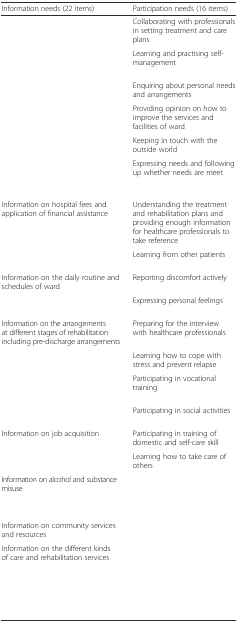
<table><thead><tr><td><b>Information needs (22 items)</b></td><td><b>Participation needs (16 items)</b></td></tr></thead><tbody><tr><td>[EMPTY_CELL]</td><td>Collaborating with professionals in setting treatment and care plans</td></tr><tr><td>[EMPTY_CELL]</td><td>Learning and practising self-management</td></tr><tr><td>[EMPTY_CELL]</td><td>Enquiring about personal needs and arrangements</td></tr><tr><td>[EMPTY_CELL]</td><td>Providing opinion on how to improve the services and facilities of ward</td></tr><tr><td>[EMPTY_CELL]</td><td>Keeping in touch with the outside world</td></tr><tr><td>[EMPTY_CELL]</td><td>Expressing needs and following up whether needs are meet</td></tr><tr><td>Information on hospital fees and application of financial assistance</td><td>Understanding the treatment and rehabilitation plans and providing enough information for healthcare professionals to take reference</td></tr><tr><td>[EMPTY_CELL]</td><td>Learning from other patients</td></tr><tr><td>Information on the daily routine and schedules of ward</td><td>Reporting discomfort actively</td></tr><tr><td>[EMPTY_CELL]</td><td>Expressing personal feelings</td></tr><tr><td>Information on the arrangements at different stages of rehabilitation including pre-discharge arrangements</td><td>Preparing for the interview with healthcare professionals</td></tr><tr><td>[EMPTY_CELL]</td><td>Learning how to cope with stress and prevent relapse</td></tr><tr><td>[EMPTY_CELL]</td><td>Participating in vocational training</td></tr><tr><td>[EMPTY_CELL]</td><td>Participating in social activities</td></tr><tr><td>Information on job acquisition</td><td>Participating in training of domestic and self-care skill</td></tr><tr><td>[EMPTY_CELL]</td><td>Learning how to take care of others</td></tr><tr><td>Information on alcohol and substance misuse</td><td>[EMPTY_CELL]</td></tr><tr><td>[EMPTY_CELL]</td><td>[EMPTY_CELL]</td></tr><tr><td>Information on community services and resources</td><td>[EMPTY_CELL]</td></tr><tr><td>Information on the different kinds of care and rehabilitation services</td><td>[EMPTY_CELL]</td></tr><tr><td>[EMPTY_CELL]</td><td>[EMPTY_CELL]</td></tr><tr><td>[EMPTY_CELL]</td><td>[EMPTY_CELL]</td></tr></tbody></table>